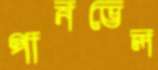
পানভেল